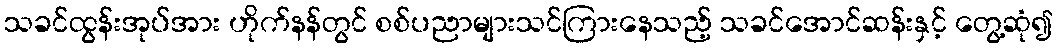
သခင်ထွန်းအုပ်အား ဟိုက်နန်တွင် စစ်ပညာများသင်ကြားနေသည့် သခင်အောင်ဆန်းနှင့် တွေ့ဆုံ၍